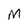
Character: M